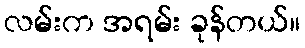
လမ်းက အရမ်း ခုန်တယ်။